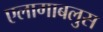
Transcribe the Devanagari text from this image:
एलागाबलुस